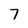
Character: 7